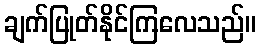
ချက်ပြုတ်နိုင်ကြလေသည်။